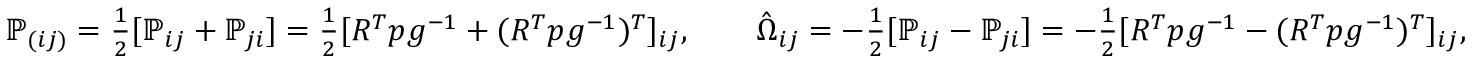
\begin{array} { r } { { \mathbb P } _ { ( i j ) } = \frac 1 2 [ { \mathbb P } _ { i j } + { \mathbb P } _ { j i } ] = \frac 1 2 [ R ^ { T } p g ^ { - 1 } + ( R ^ { T } p g ^ { - 1 } ) ^ { T } ] _ { i j } , \qquad \hat { \Omega } _ { i j } = - \frac 1 2 [ { \mathbb P } _ { i j } - { \mathbb P } _ { j i } ] = - \frac 1 2 [ R ^ { T } p g ^ { - 1 } - ( R ^ { T } p g ^ { - 1 } ) ^ { T } ] _ { i j } , } \end{array}